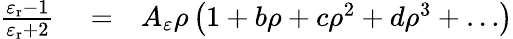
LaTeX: \begin{array}{rlr}{\frac{\varepsilon_{\mathrm{r}}-1}{\varepsilon_{\mathrm{r}}+2}}&{{}=}&{A_{\varepsilon}\rho\left(1+b\rho+c\rho^{2}+d\rho^{3}+\ldots\right)}\end{array}